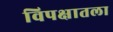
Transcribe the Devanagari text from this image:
विपक्षातला